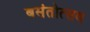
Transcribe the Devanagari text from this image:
बसंतोत्सव